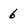
Character: 6